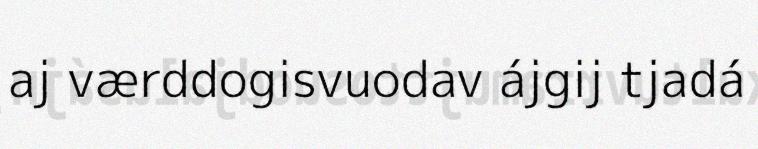
aj værddogisvuodav ájgij tjadá